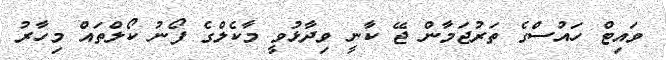
ވައިޓް ހައުސްގެ ތަރުޖަމާން ޖޭ ކާނީ ވިދާޅުވީ މާކެލްގެ ފޯނު ކޯލްތައް މިހާރު